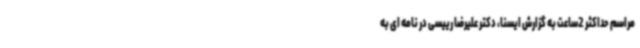
مراسم حداکثر 2ساعت به گزارش ایسنا، دکتر علیرضا رییسی در نامه ای به